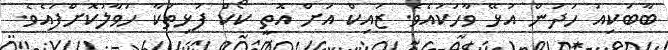
ބާބަކިއު ހަދަން އުޅޭ ވާހަކައެވެ. ޒައިކް އަށް އޮތީ ކޯކް ފުޅިތަކާ ހަވާލުކޮށްފައެވެ.